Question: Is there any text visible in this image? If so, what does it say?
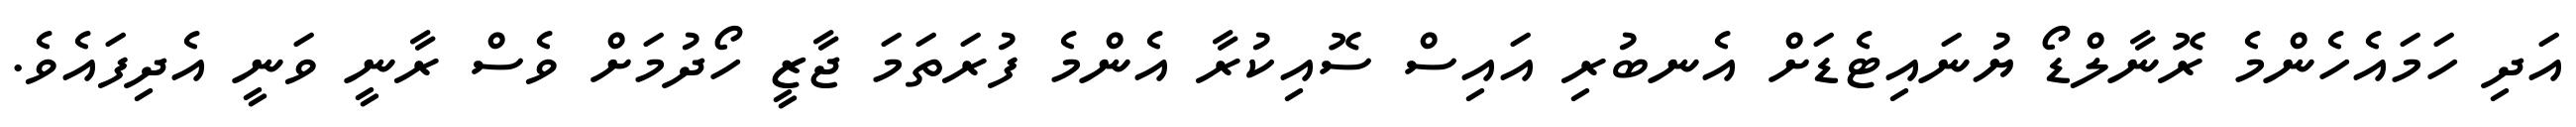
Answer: އަދި ހަމައެހެންމެ ރޮނާލްޑޯ ޔުނައިޓެޑަށް އެނބުރި އައިސް ސޮއިކުރާ އެންމެ ފުރަތަމަ ޖާޒީ ހޯދުމަށް ވެސް ރާނީ ވަނީ އެދިފައެވެ.